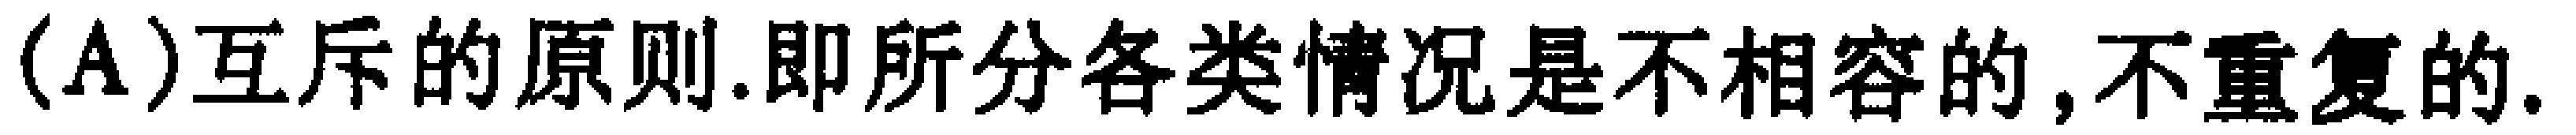
(A)互斥的原则.即所分各类情况是不相容的,不重复的.